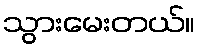
သွားမေးတယ်။